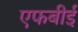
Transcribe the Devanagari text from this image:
एफबीई